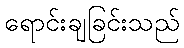
ရောင်းချခြင်းသည်